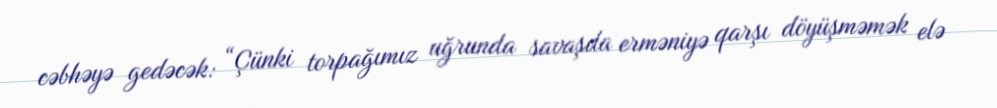
cəbhəyə gedəcək: “Çünki torpağımız uğrunda savaşda erməniyə qarşı döyüşməmək elə